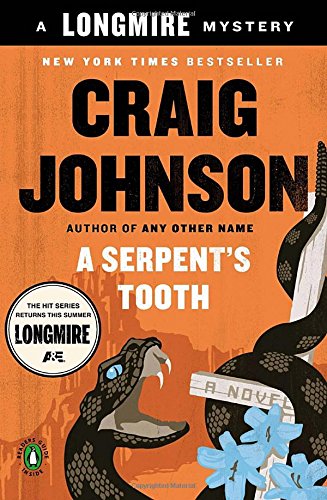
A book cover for A Serpent's Tooth: A Longmire Mystery; Craig Johnson; Mystery, Thriller & Suspense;